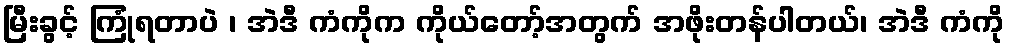
မြီးခွင့် ကြုံရတာပဲ ၊ အဲဒီ ကံကိုက ကိုယ်တော့်အတွက် အဖိုးတန်ပါတယ်၊ အဲဒီ ကံကို